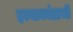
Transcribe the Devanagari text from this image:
हत्याकांडाची